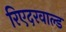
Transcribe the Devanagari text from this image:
रिएदरवाल्ड